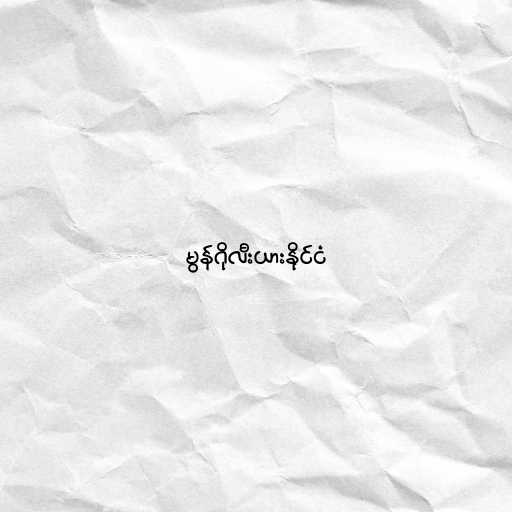
မွန်ဂိုလီးယားနိုင်ငံ